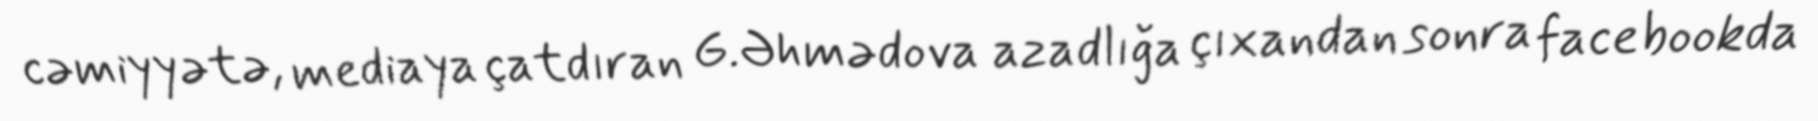
cəmiyyətə, mediaya çatdıran G.Əhmədova azadlığa çıxandan sonra facebookda